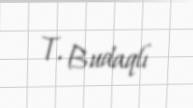
T. Budaqlı